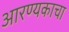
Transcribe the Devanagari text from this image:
आरण्यकाचा